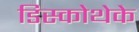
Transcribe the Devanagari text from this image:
डिस्कोथेके